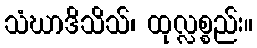
သံဃာဒိသိသ်၊ ထုလ္လစ္စည်း။